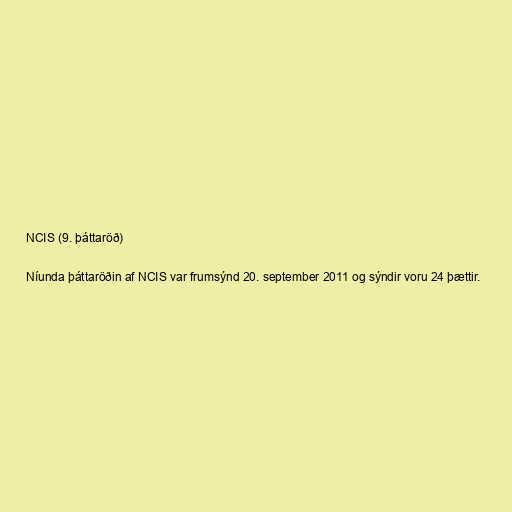
NCIS (9. þáttaröð)

Níunda þáttaröðin af NCIS var frumsýnd 20. september 2011 og sýndir voru 24 þættir.